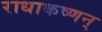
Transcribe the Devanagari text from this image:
राधाकष्णन्